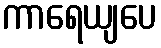
ကာရေယျပေ